Rae_vallavalitsus, lk 225
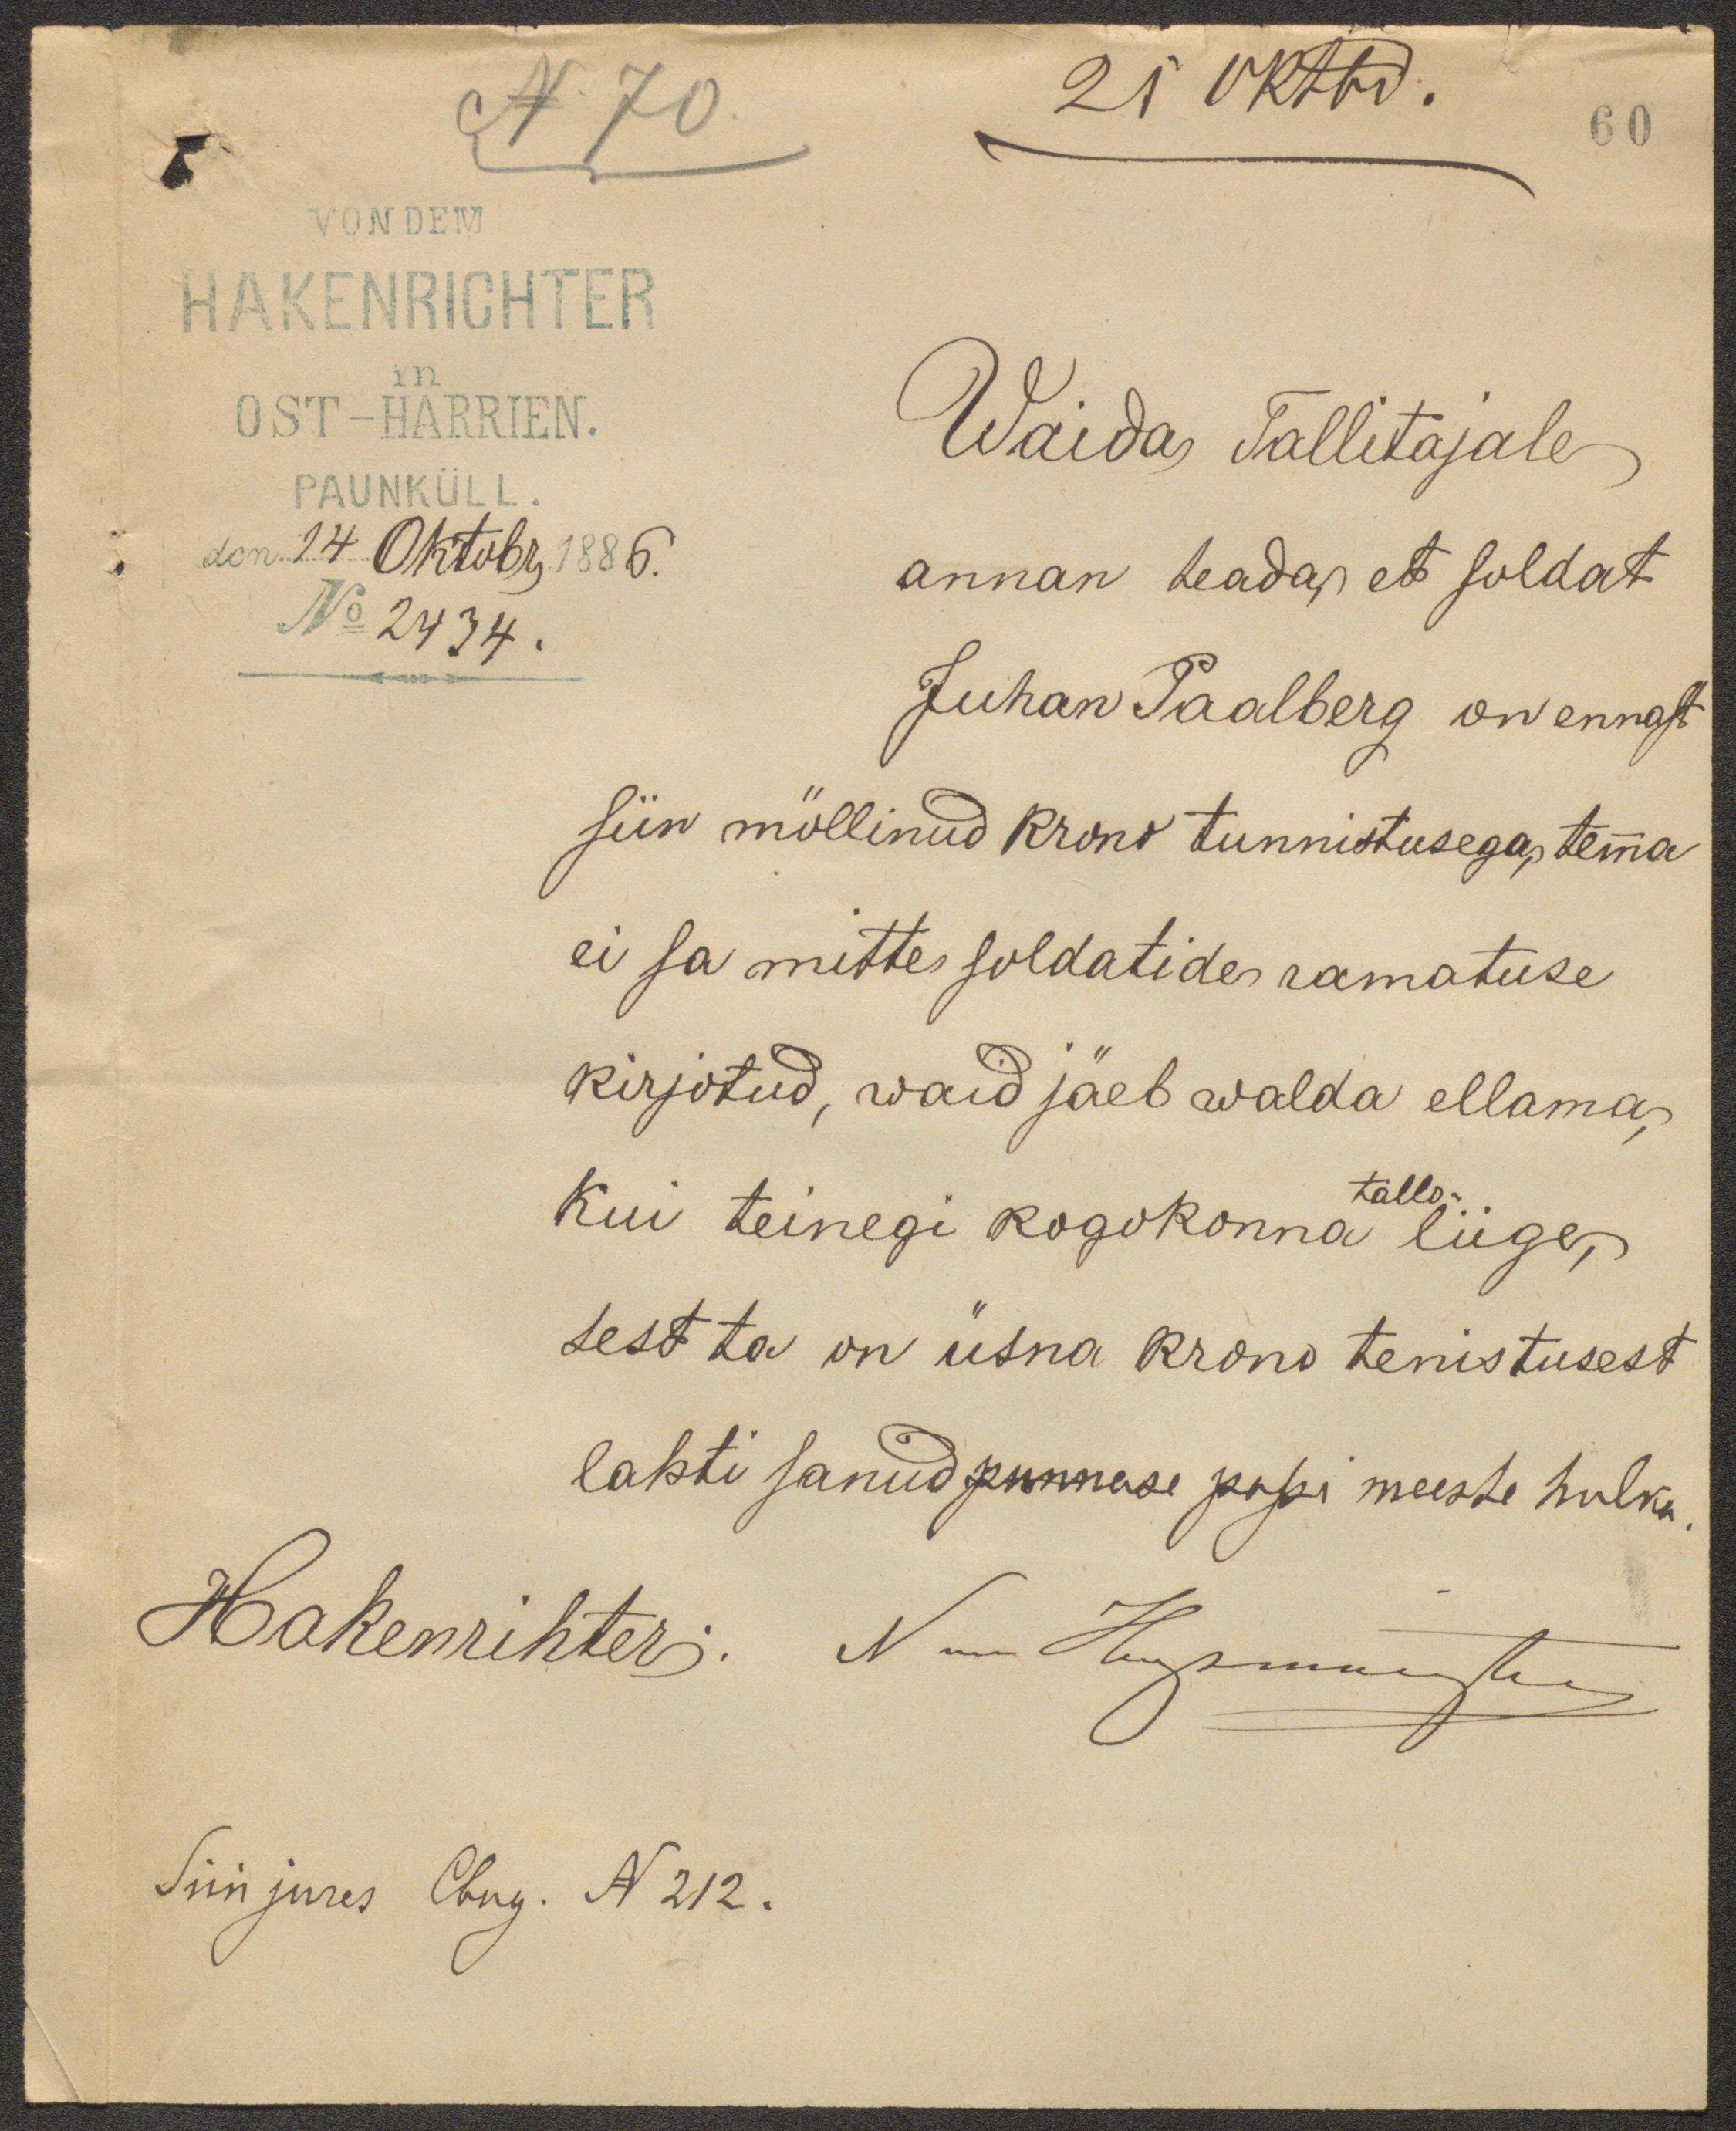
N 70
21 oktbr.
60
OST-HARRIEN.
PAUNKÜLL.
den 14 Oktobr, 1886.
No 2434.
Waida Tallitajale
annan teada, et soldat
Juhan Paalberg on ennast
siin möllinud krono tunnistusega, temma
ei sa mitte soldatide ramatuse
kirjotud, waid jäeb walda ellama,
tallo
kui teinegi kogokonna liige,
sest ta on üsna krono tenistusest
lahti sanud punnase passi meeste hulka.
Hakenrihter:
Siin jures Cbng. N 212.